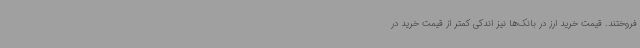
فروختند. قیمت خرید ارز در بانک‌ها نیز اندکی کمتر از قیمت خرید در